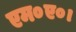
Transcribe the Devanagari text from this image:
एम०ए०।